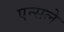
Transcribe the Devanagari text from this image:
एन्सले